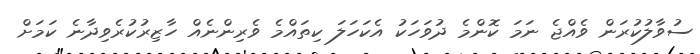
ސުވާލުކުރަން ވެއްޖެ ނަމަ ކޮންމެ ދުވަހަކު އެކަހަލަ ކިތައްމެ ވެރިންނެއް ހާޒިރުކުރެވިދާނެ ކަމަށް